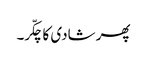
پھر شادی کا چکّر۔